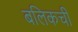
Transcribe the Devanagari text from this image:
बलिकची